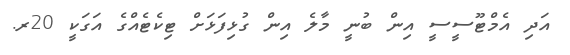
އަދި އެމްޓޫސީސީ އިން ބުނީ މާލެ އިން ގުޅިފަޅަށް ޓިކެޓެއްގެ އަގަކީ 20ރ.